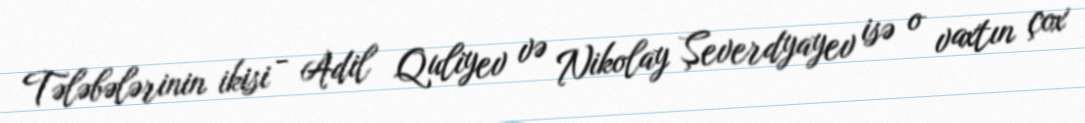
Tələbələrinin ikisi - Adil Quliyev və Nikolay Şeverdyayev isə o vaxtın çox